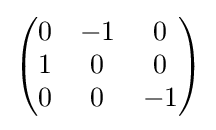
{\begin{pmatrix}0&-1&0\\1&0&0\\0&0&-1\\\end{pmatrix}}